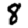
Digit: 8